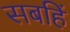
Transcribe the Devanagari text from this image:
सबहिं